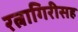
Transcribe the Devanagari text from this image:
रत्नागिरीसह